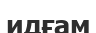
идғам